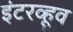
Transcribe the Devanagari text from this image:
इंटरव्हूव